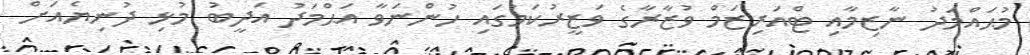
މުޙައްމަދު ނާޒިމާއި ޓްއަރިޒަމް ވުޒާރާގެ ވަޒީރުކަމުގައި ހުންނަވާ އަޙްމަދު އަދީބު މުޅި ދުނިޔެއަށް